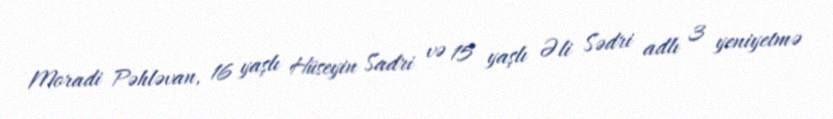
Moradi Pəhləvan, 16 yaşlı Hüseyin Sadri və 15 yaşlı Əli Sədri adlı 3 yeniyetmə